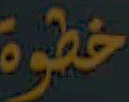
خطوة